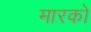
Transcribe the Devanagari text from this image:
मारको